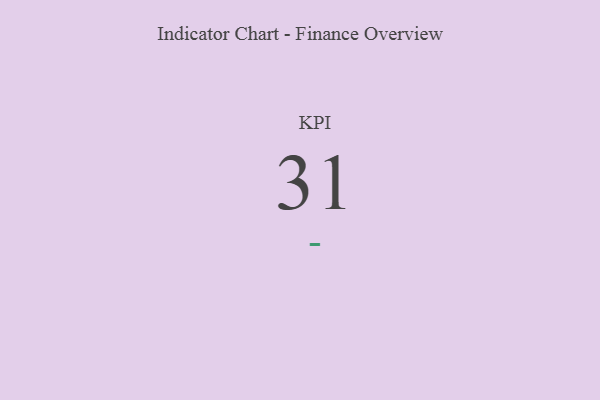
{"axis": {"x": "KPI", "y": "Value"}, "legend": [""], "data": [{"x": "KPI", "y": 31, "type": ""}]}